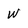
Character: w